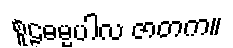
စူဠဓမ္မပါလ ဇာတက။